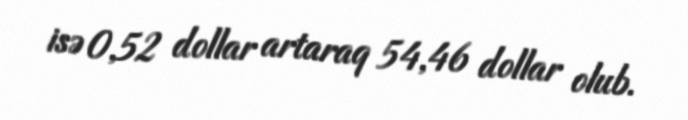
isə 0,52 dollar artaraq 54,46 dollar olub.